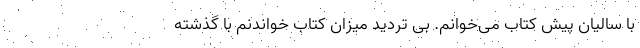
با سالیان پیش کتاب می‌خوانم. بی تردید میزان کتاب خواندنم با گذشته